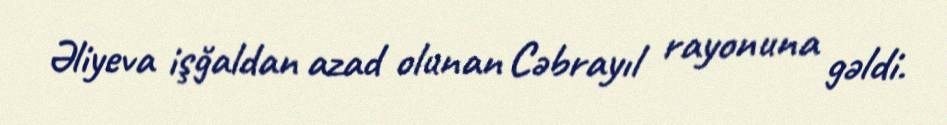
Əliyeva işğaldan azad olunan Cəbrayıl rayonuna gəldi.